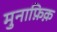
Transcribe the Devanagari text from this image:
मुनाफ़िक़